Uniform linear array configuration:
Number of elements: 4
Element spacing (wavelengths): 0.5
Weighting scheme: kaiser
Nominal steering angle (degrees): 60
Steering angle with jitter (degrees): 60.114
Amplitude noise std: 0.05
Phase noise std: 0.05

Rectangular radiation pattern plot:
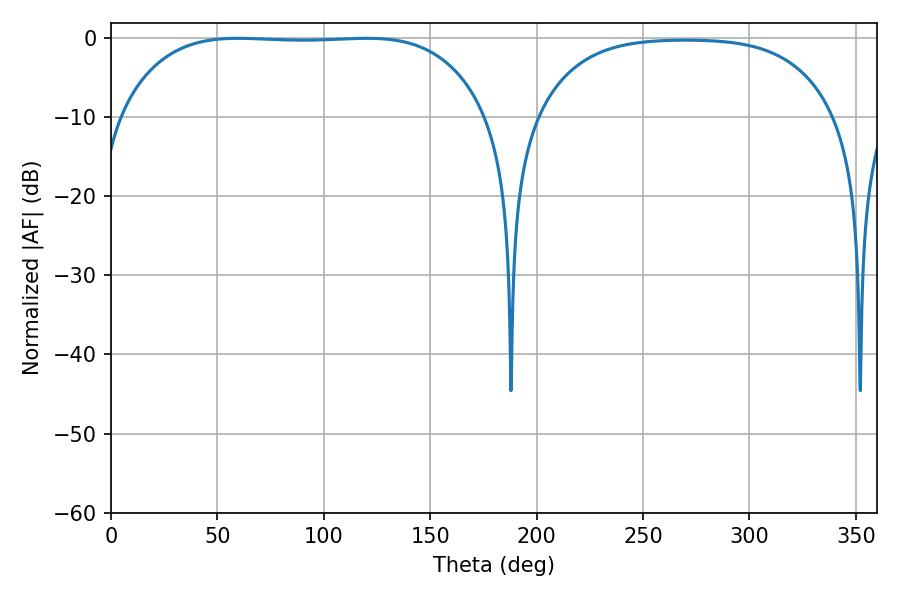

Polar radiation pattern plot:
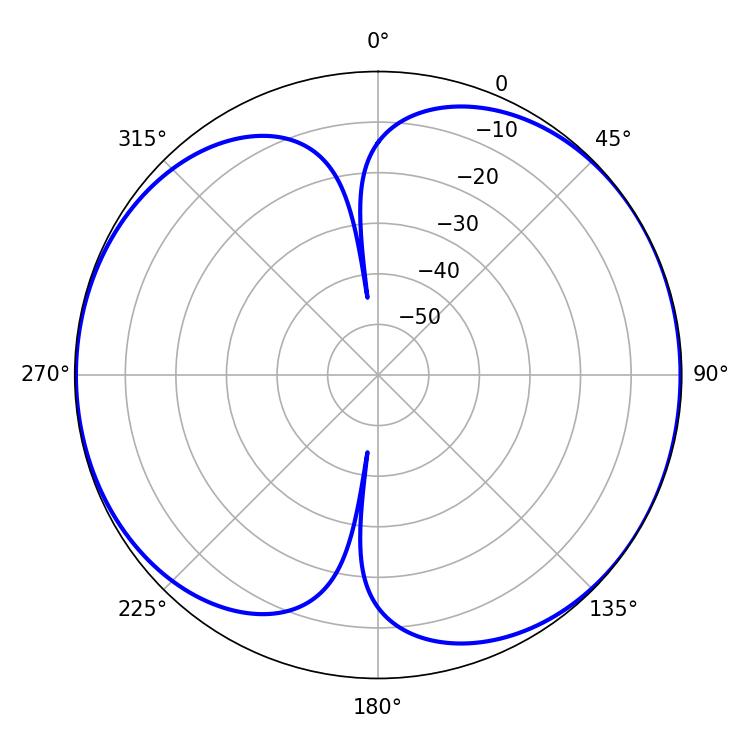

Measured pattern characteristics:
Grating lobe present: FALSE
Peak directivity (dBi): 7.063
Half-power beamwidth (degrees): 134.28
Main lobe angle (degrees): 59.58